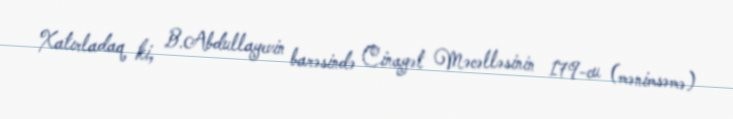
Xatırladaq ki, B.Abdullayevin barəsində Cinayət Məcəlləsinin 179-cu (mənimsəmə)